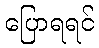
ပြောရရင်